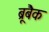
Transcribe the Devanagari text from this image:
ब्रूबैक